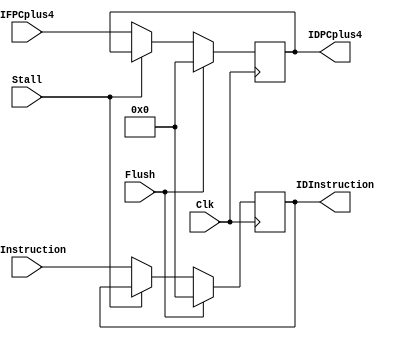
`ifndef MODULE_IF_ID
`define MODULE_IF_ID
`timescale 1ns / 1ps

module IF_ID(
    input Clk,
    input Stall,
    input Flush,
    input [31:0] IFPCplus4,
    input [31:0] IFInstruction,
    output reg [31:0] IDInstruction,
    output reg [31:0] IDPCplus4
    );

    initial begin
        IDInstruction = 32'b0;
        IDPCplus4 = 32'b0;
    end

    always @(posedge Clk) begin
        if(Flush) begin
            IDInstruction <= 32'b0;
            IDPCplus4 <= 32'b0;
        end 
        else if (Stall) begin
            IDInstruction <= IDInstruction;
            IDPCplus4 <= IDPCplus4;
        end
        else begin
            IDInstruction <= IFInstruction;   
            IDPCplus4 <= IFPCplus4;
        end
    end
endmodule

`endif